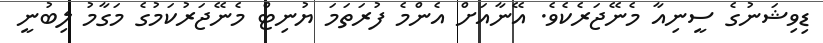
ޑިވިޝަނުގެ ސީނިއާ މެނޭޖަރެކެވެ. އޭނާއަށް އެންމެ ފުރަތަމަ ޔުނިޓް މެނޭޖަރުކަމުގެ މަގާމު ލިބުނީ